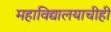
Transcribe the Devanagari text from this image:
महाविद्यालयाचीही